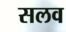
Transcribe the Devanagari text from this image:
सलव